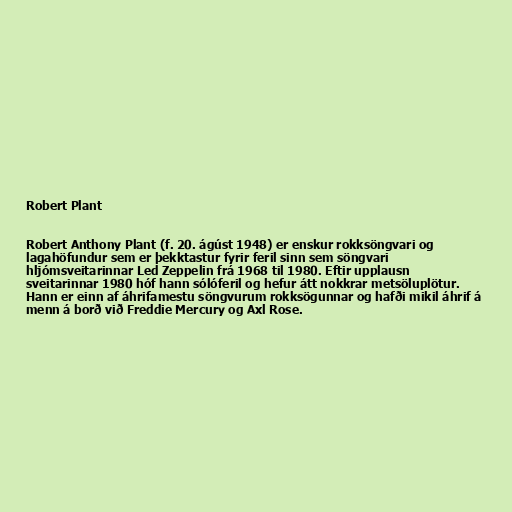
Robert Plant

Robert Anthony Plant (f. 20. ágúst 1948) er enskur rokksöngvari og
lagahöfundur sem er þekktastur fyrir feril sinn sem söngvari
hljómsveitarinnar Led Zeppelin frá 1968 til 1980. Eftir upplausn
sveitarinnar 1980 hóf hann sólóferil og hefur átt nokkrar metsöluplötur.
Hann er einn af áhrifamestu söngvurum rokksögunnar og hafði mikil áhrif á
menn á borð við Freddie Mercury og Axl Rose.